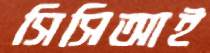
সিসিআই